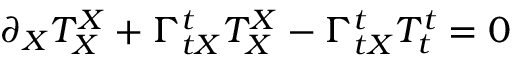
\partial _ { X } T _ { X } ^ { X } + \Gamma _ { t X } ^ { t } T _ { X } ^ { X } - \Gamma _ { t X } ^ { t } T _ { t } ^ { t } = 0